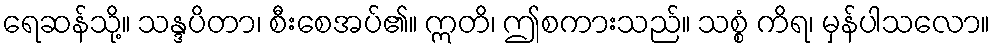
ရေဆန်သို့။ သန္ဒပိတာ၊ စီးစေအပ်၏။ ဣတိ၊ ဤစကားသည်။ သစ္စံ ကိရ၊ မှန်ပါသလော။